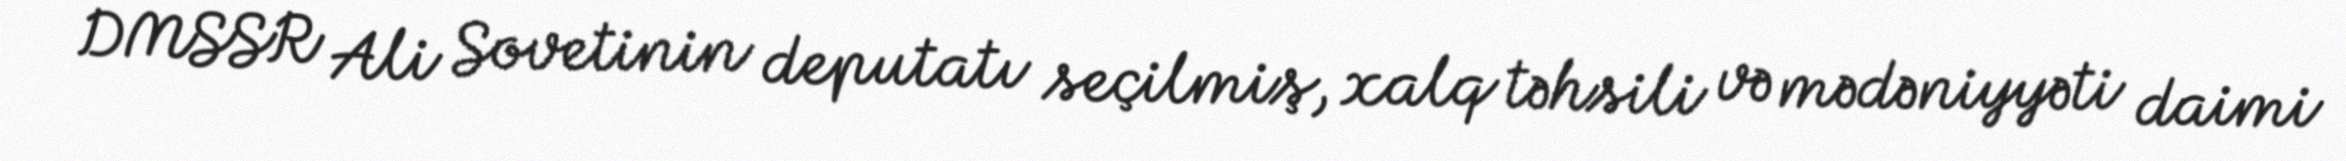
DMSSR Ali Sovetinin deputatı seçilmiş, xalq təhsili və mədəniyyəti daimi